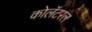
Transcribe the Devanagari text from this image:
कोलॅटरल